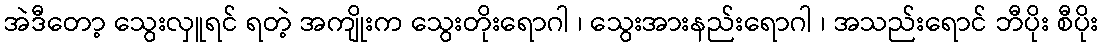
အဲဒီတော့ သွေးလှူရင် ရတဲ့ အကျိုးက သွေးတိုးရောဂါ ၊ သွေးအားနည်းရောဂါ ၊ အသည်းရောင် ဘီပိုး စီပိုး